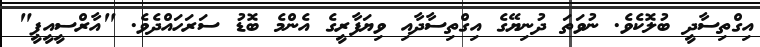
އިގްތިސާދީ ބުލޮކެވެ. ނުވަތަ ދުނިޔޭގެ އިގްތިސާދާއި ވިޔަފާރީގެ އެންމެ ބޮޑު ސަރަހައްދެވެ. "އާރްސީއީޕީ"